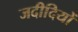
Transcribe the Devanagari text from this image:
जदीदियों